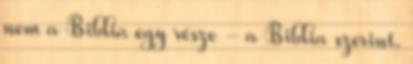
nem a Biblia egy része - a Biblia szerint.